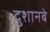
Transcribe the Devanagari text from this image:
दुशानबे